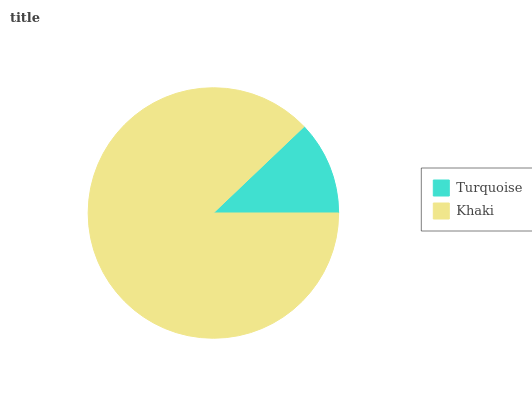
| Turquoise | Khaki |
 | --- | --- |
 | 12.1% | 87.9% |